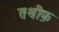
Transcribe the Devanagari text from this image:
तश्रीफ़